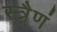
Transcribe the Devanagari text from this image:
स्त्रैणं